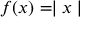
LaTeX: f ( x ) = \mid x \mid